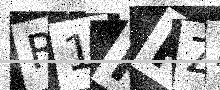
Text: R1KRZA